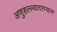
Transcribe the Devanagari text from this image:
अणुहल्ल्यादरम्यान